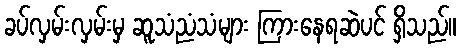
ခပ်လှမ်းလှမ်းမှ ဆူသံညံသံများ ကြားနေရဆဲပင် ရှိသည်။